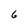
Character: 6